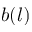
b ( l )